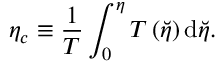
\eta _ { c } \equiv \frac { 1 } { T } \int _ { 0 } ^ { \eta } T \left( \breve { \eta } \right) \mathrm { d } \breve { \eta } .